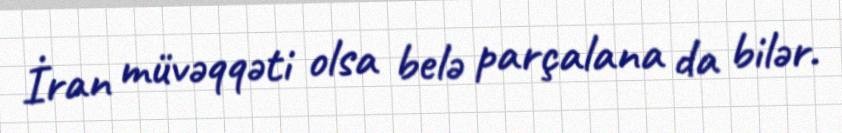
İran müvəqqəti olsa belə parçalana da bilər.